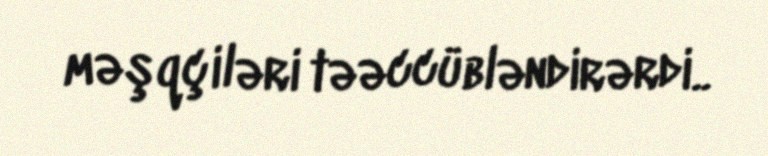
məşqçiləri təəccübləndirərdi..